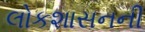
લોકશાસનની